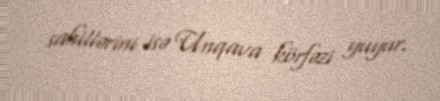
sahillərini isə Unqava körfəzi yuyur.